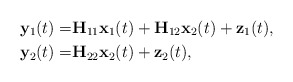
\begin{align*}\mathbf{y}_1(t)=&\mathbf{H}_{11}\mathbf{x}_1(t)+\mathbf{H}_{12}\mathbf{x}_2(t)+\mathbf{z}_1(t),\\\mathbf{y}_2(t)=&\mathbf{H}_{22}\mathbf{x}_2(t)+\mathbf{z}_2(t),\end{align*}